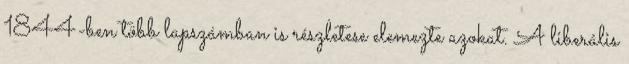
1844-ben több lapszámban is részletese elemezte azokat. A liberális